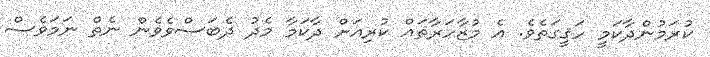
ކުރަމުންދާކަމީ ހަޤީގަތެވެ. އެ މުޒާހަރާތައް ކުރިއަށް ދާކަމާ މެދު ދެބަސްވެވެން ނެތް ނަމަވެސް